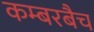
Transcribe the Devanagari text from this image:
कम्बरबैच